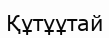
Құтұұтай